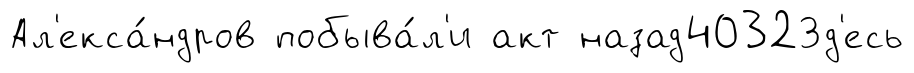
Ал'екса́ндров побыва́л'и акт назад4032Зд'есь